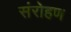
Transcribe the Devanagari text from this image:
संरोहण